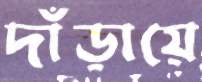
দাঁড়ায়ে